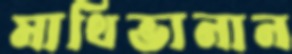
মাথিভানান